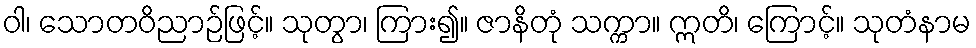
ဝါ၊ သောတဝိညာဉ်ဖြင့်။ သုတွာ၊ ကြား၍။ ဇာနိတုံ သက္ကာ။ ဣတိ၊ ကြောင့်။ သုတံနာမ